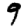
Digit: 9